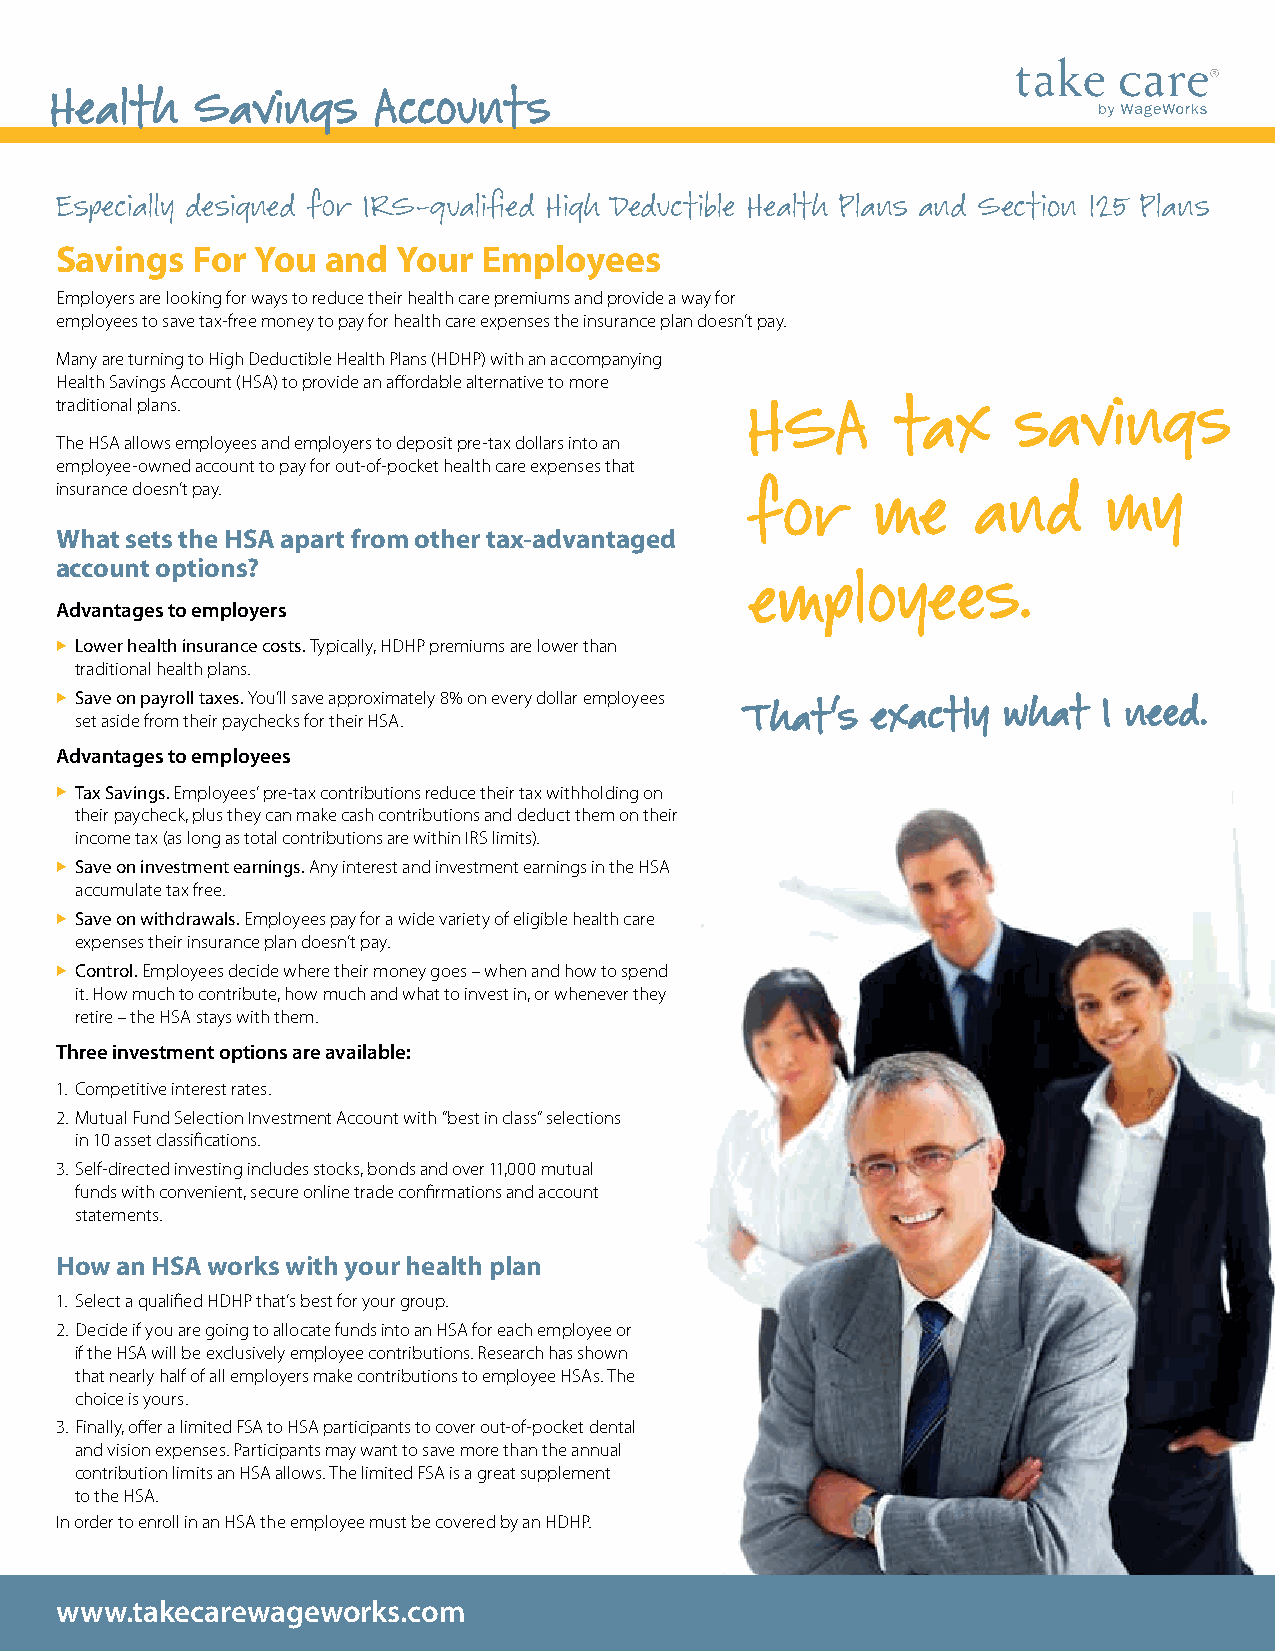
Health    Savings     Accounts
 Especially designed for IRS-qualified High Deductible Health Plans and Section 125 Plans
 Savings  For You  and Your  Employees
 Employers are looking for ways to reduce their health care premiums and provide a way for
 employees to save tax-free money to pay for health care expenses the insurance plan doesn’t pay.
 Many are turning to High Deductible Health Plans (HDHP) with an accompanying
 Health Savings Account (HSA) to provide an affordable alternative to more
 traditional plans.                            HSA      tax     savings
 The HSA allows employees and employers to deposit pre-tax dollars into an
 employee-owned account to pay for out-of-pocket health care expenses that
 insurance doesn’t pay.                        for     me     and     my
 What sets the HSA apart from other tax-advantaged
 account options?
 employees.
 Advantages to employers
 u Lower health insurance costs. Typically, HDHP premiums are lower than
 traditional health plans.
 u Save on payroll taxes. You’ll save approximately 8% on every dollar employees That’s exactly what I need.
 set aside from their paychecks for their HSA.
 Advantages to employees
 u Tax Savings. Employees’ pre-tax contributions reduce their tax withholding on
 their paycheck, plus they can make cash contributions and deduct them on their
 income tax (as long as total contributions are within IRS limits).
 u Save on investment earnings. Any interest and investment earnings in the HSA
 accumulate tax free.
 u Save on withdrawals. Employees pay for a wide variety of eligible health care
 expenses their insurance plan doesn’t pay.
 u Control. Employees decide where their money goes – when and how to spend
 it. How much to contribute, how much and what to invest in, or whenever they
 retire – the HSA stays with them.
 Three investment options are available:
 1. Competitive interest rates.
 2. Mutual Fund Selection Investment Account with “best in class” selections
 in 10 asset classifications.
 3. Self-directed investing includes stocks, bonds and over 11,000 mutual
 funds with convenient, secure online trade confirmations and account
 statements.
 How an HSA works with your health plan
 1. Select a qualified HDHP that’s best for your group.
 2. Decide if you are going to allocate funds into an HSA for each employee or
 if the HSA will be exclusively employee contributions. Research has shown
 that nearly half of all employers make contributions to employee HSAs. The
 choice is yours.
 3. Finally, offer a limited FSA to HSA participants to cover out-of-pocket dental
 and vision expenses. Participants may want to save more than the annual
 contribution limits an HSA allows. The limited FSA is a great supplement
 to the HSA.
 In order to enroll in an HSA the employee must be covered by an HDHP.
 www.takecarewageworks.com